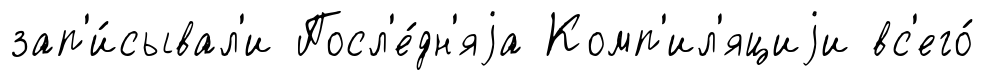
зап'и́сывал'и Посл'е́дн'яjа Комп'ил'яциjи вс'его́